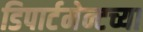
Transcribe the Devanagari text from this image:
डिपार्टमेन्टच्या